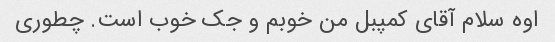
اوه سلام آقای کمپبل من خوبم و جک خوب است. چطوری